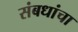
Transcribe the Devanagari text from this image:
संबधांचा